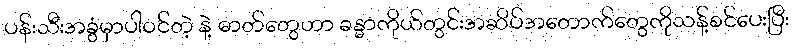
ပန်းသီးအခွံမှာပါဝင်တဲ့ နဲ့ ဓာတ်တွေဟာ ခန္ဓာကိုယ်တွင်းအဆိပ်အတောက်တွေကိုသန့်စင်ပေးပြီး